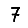
Digit: 7